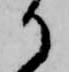
か